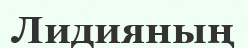
Лидияның